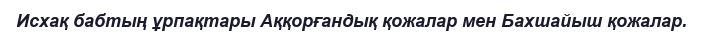
Исхақ бабтың ұрпақтары Аққорғандық қожалар мен Бахшайыш қожалар.